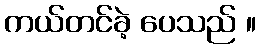
ကယ်တင်ခဲ့ ပေသည် ။